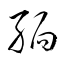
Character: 緬